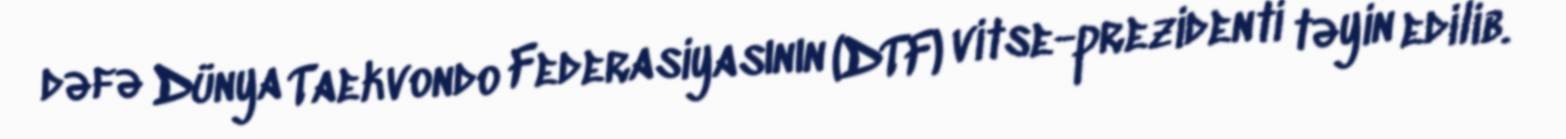
dəfə Dünya Taekvondo Federasiyasının (DTF) vitse-prezidenti təyin edilib.